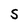
Character: S